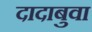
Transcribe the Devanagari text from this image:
दादाबुवा